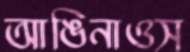
আঙিনাওস